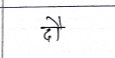
मजकूर: दौ